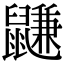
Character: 鼸